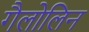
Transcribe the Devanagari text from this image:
गैलोलिन